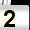
Digit: 2